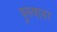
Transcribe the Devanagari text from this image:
पुरूषावर